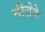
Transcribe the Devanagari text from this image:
सीज़ेके